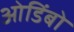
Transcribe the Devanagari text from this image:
ओडिंबो